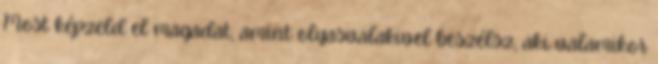
Most képzeld el magadat, amint olyasvalakivel beszélsz, aki valamikor